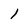
Character: 1